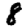
Digit: 8